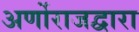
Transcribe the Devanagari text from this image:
अर्णोराजद्वारा